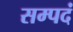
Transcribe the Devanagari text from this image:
सम्पदं